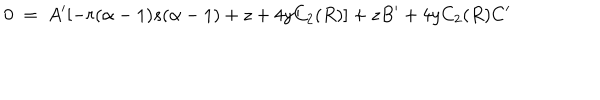
LaTeX: 0 ~ = ~ A ^ { \prime } [ - r ( \alpha - 1 ) s ( \alpha - 1 ) + z + 4 y C _ { 2 } ( R ) ] + z B ^ { \prime } + 4 y C _ { 2 } ( R ) C ^ { \prime }